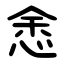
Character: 悆